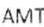
AMT